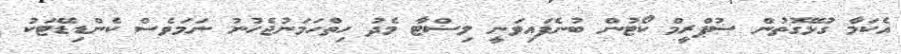
އެކަމާ ގުޅޭގޮތުން ސުޕްރީމް ކޯޓުން ބުނެފައިވަނީ ލިސްޓާ މެދު ހިތްހަމަނުޖެހުނު ނަމަވެސް ކެންޑިޑޭޓަކު